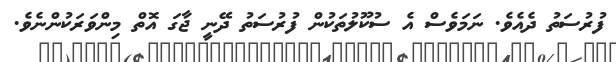
ފުރުސަތު ދެއެވެ. ނަމަވެސް އެ ސުކޫލުތަކުން ފުރުސަތު ދޭނީ ޖާގަ އޮތް މިންވަރަކުންނެވެ.